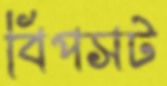
বিপসট